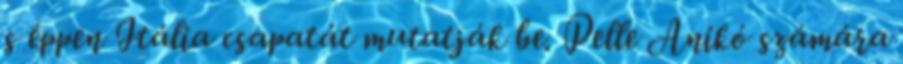
s éppen Itália csapatát mutatják be. Pelle Anikó számára